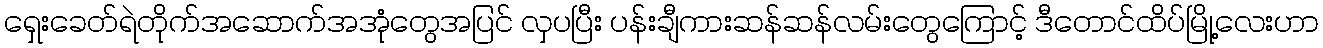
ရှေးခေတ်ရဲတိုက်အဆောက်အအုံတွေအပြင် လှပပြီး ပန်းချီကားဆန်ဆန်လမ်းတွေကြောင့် ဒီတောင်ထိပ်မြို့လေးဟာ